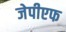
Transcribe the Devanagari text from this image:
जेपीएफ